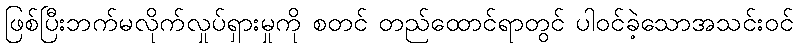
ဖြစ်ပြီးဘက်မလိုက်လှုပ်ရှားမှုကို စတင် တည်ထောင်ရာတွင် ပါဝင်ခဲ့သောအသင်းဝင်